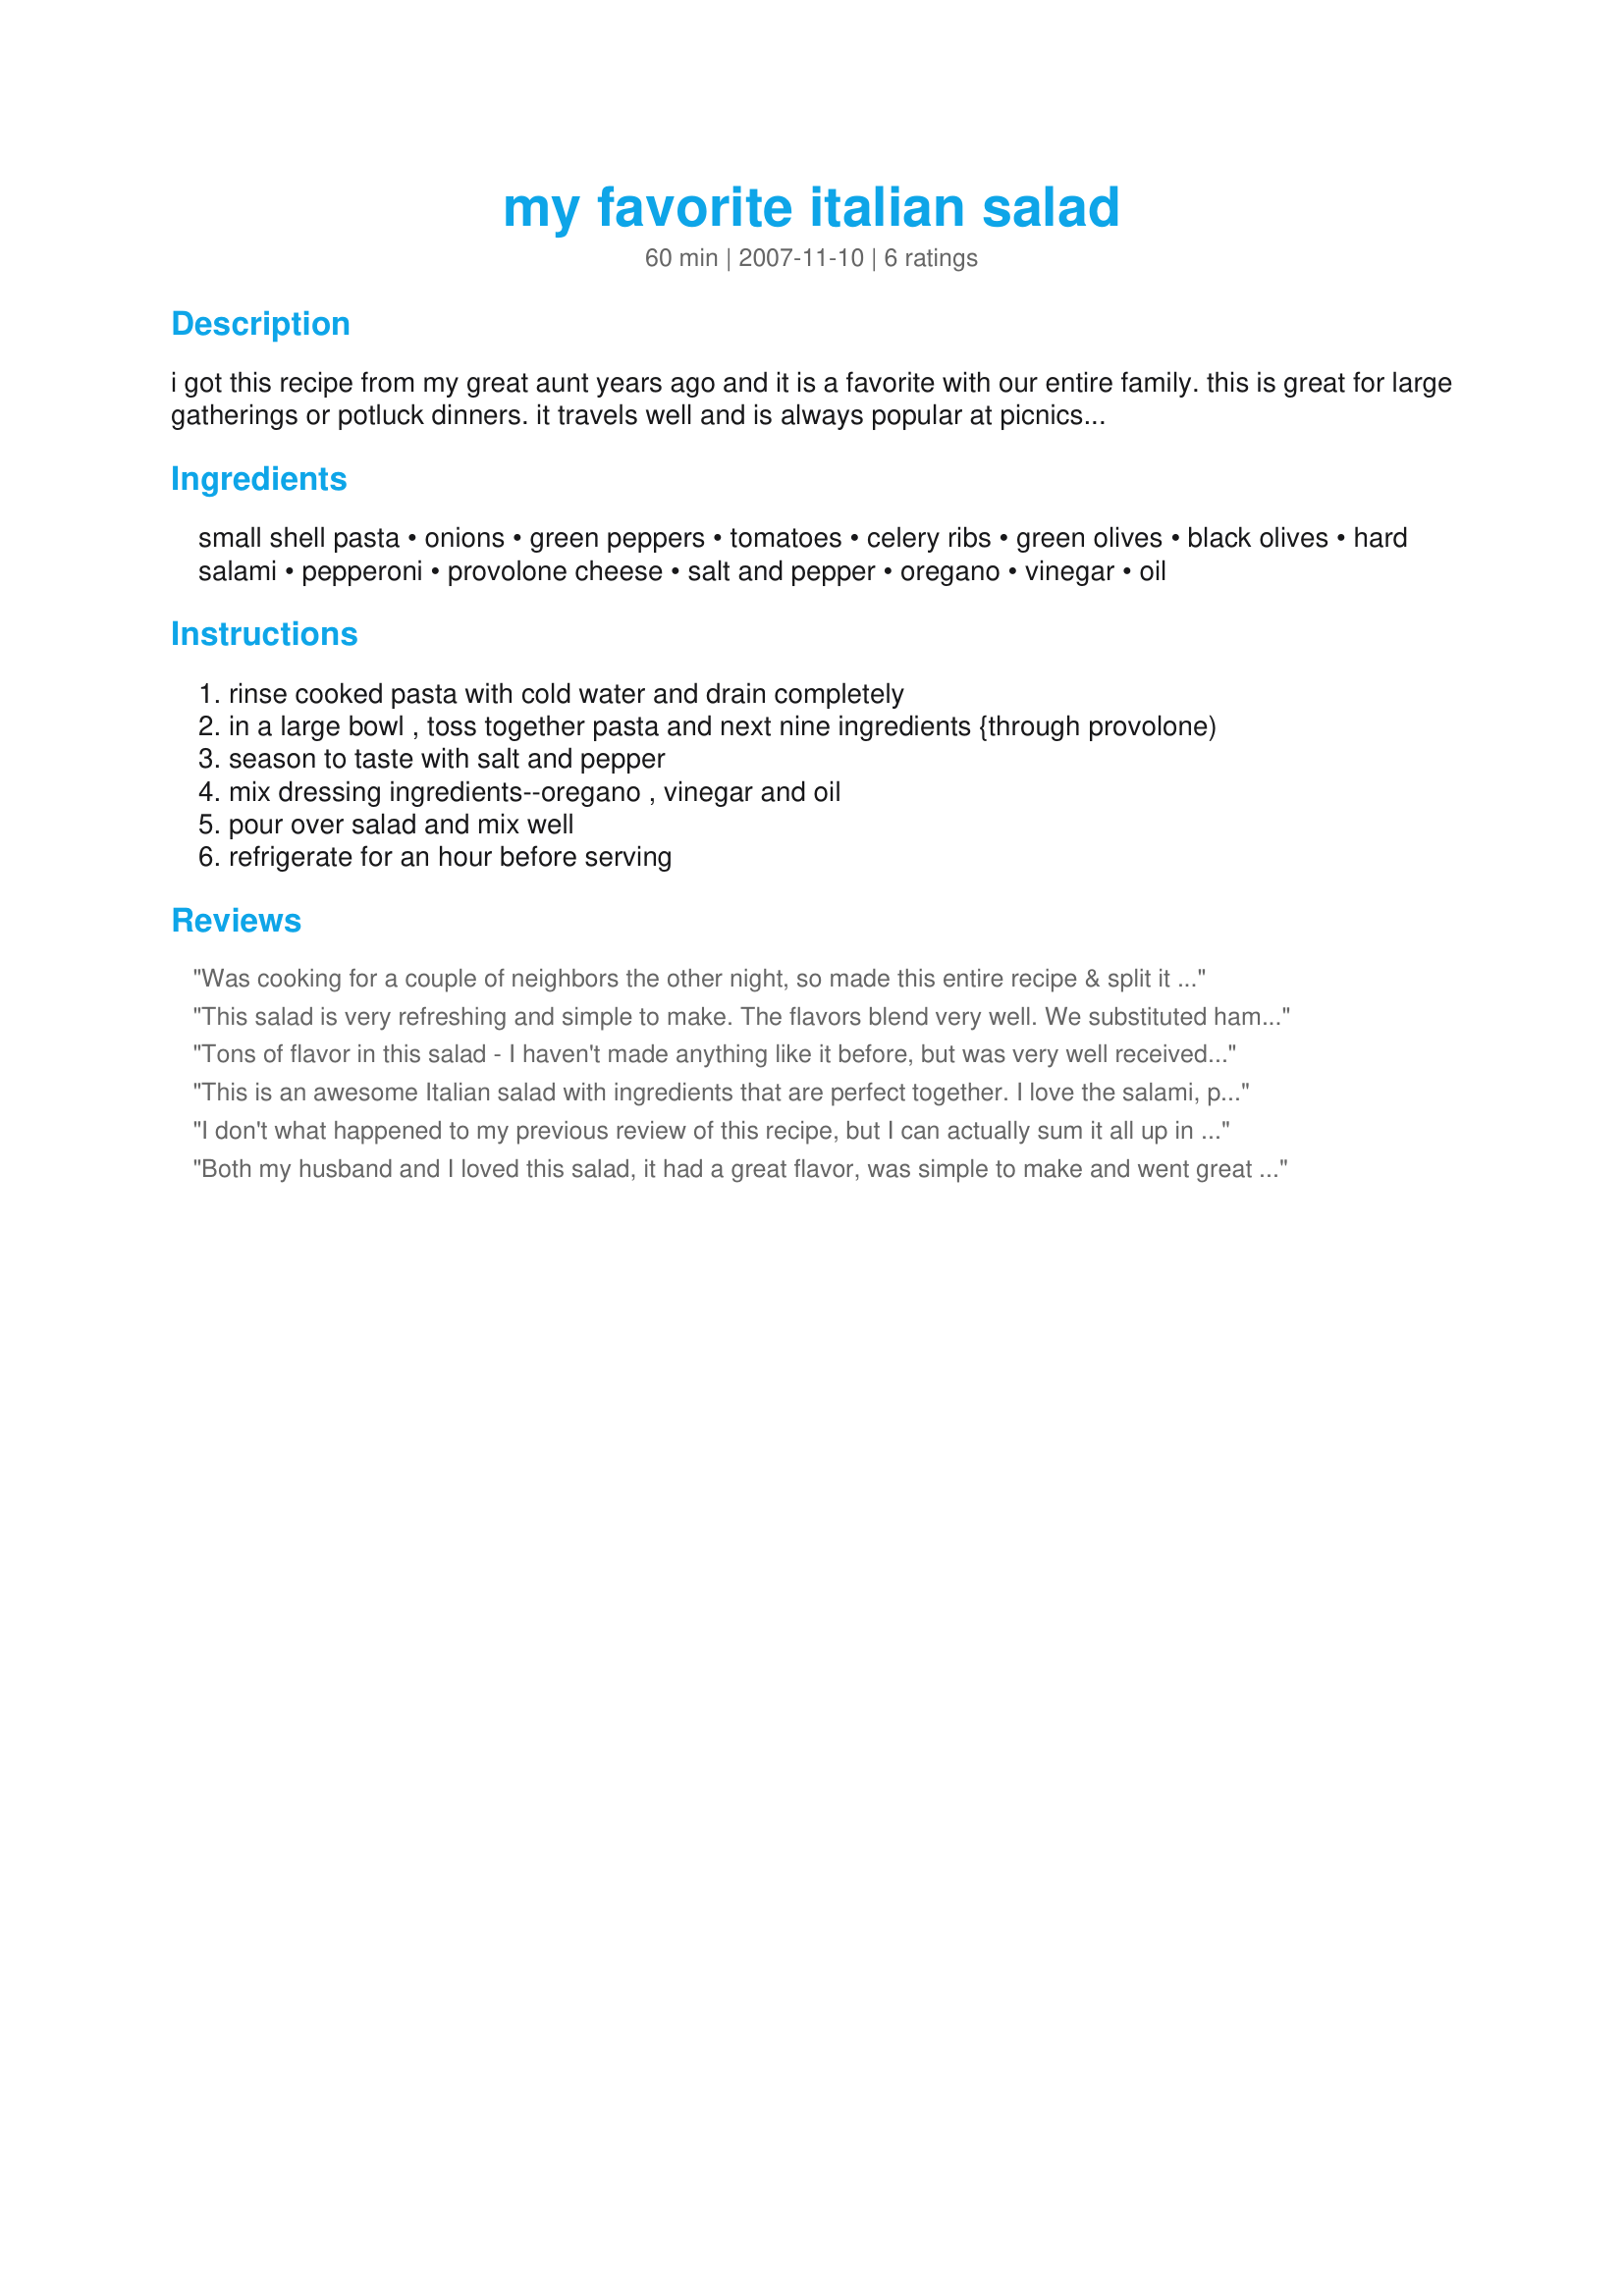
my favorite italian salad
Preparation time: 60 minutes

i got this recipe from my great aunt years ago and it is a favorite with our entire family. this is great for large gatherings or potluck dinners. it travels well and is always popular at picnics or on the buffet table. note: **don't be tempted to "jazz up" the dressing. this simple dressing combines with the flavors of the pepperoni and salami and tastes great.

Ingredients:
small shell pasta, onions, green peppers, tomatoes, celery ribs, green olives, black olives, hard salami, pepperoni, provolone cheese, salt and pepper, oregano, vinegar, oil

Steps:
rinse cooked pasta with cold water and drain completely
in a large bowl , toss together pasta and next nine ingredients {through provolone)
season to taste with salt and pepper
mix dressing ingredients--oregano , vinegar and oil
pour over salad and mix well
refrigerate for an hour before serving

Reviews:
Was cooking for a couple of neighbors the other night, so made this entire recipe & split it with them! My other half & I really enjoyed the combo of flavors in the finished salad! The only thing I omitted was an additional salt, 'cause I felt sodium from the meats & olives was plenty! VERY NICE TASTING SALAD, & a keeper of a recipe! [Made & reviewed while touring Italy on Zaar's World Tour 4]
This salad is very refreshing and simple to make. The flavors blend very well. We substituted ham for the pepperoni, and used red bell peppers for the green, but otherwise made as directed. The oregano is wonderful and adds true Italian flavor to this salad. It also has the perfect mix of oil and vinegar. Thanks for posting.
Tons of flavor in this salad - I haven't made anything like it before, but was very well received by everyone! My favorite part were the olives, although agree with Syd that additional salt probably isn't necessary (I didn't add any) with the olives and meats. Made for PRMR tag.
This is an awesome Italian salad with ingredients that are perfect together. I love the salami, pepperoni and cheese in this salad. It gives the entire salad a wonderful flavor along with the dressing. The dressing is light and delicious, not overly seasoned like in many pasta salad recipes. I could only find medium shell pasta and hope that was small enough. I've never seen "small" shell pasta in my grocery stores. I did omit the celery and green olives due to personal preference. Thanks for sharing! I will be taking this to picnics this summer.
I don't what happened to my previous review of this recipe, but I can actually sum it all up in a nutshell - since originally making this recipe, I have made it many, many times since! That speaks for itself! I make this exactly as posted, and it is just perfect! Thanks for sharing this.
Both my husband and I loved this salad, it had a great flavor, was simple to make and went great with our pizza. Only change I made was I did not use pepperonis and we did cut the recipe to 1/3 of the recipe and we still had leftovers. Will make it the next time for a potluck - it would be great. Made for the ZWT 2008
